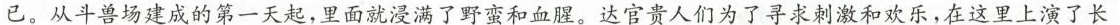
已。从斗兽场建成的第一天起，里面就浸满了野蛮和血腥。达官贵人们为了寻求刺激和欢乐，在这里上演了长